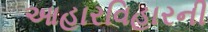
આહારવિહારની